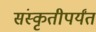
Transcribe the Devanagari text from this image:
संस्कृतीपर्यंत